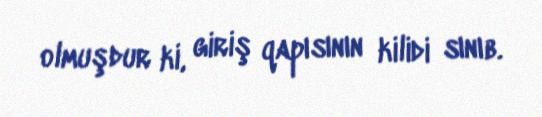
olmuşdur ki, giriş qapısının kilidi sınıb.